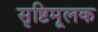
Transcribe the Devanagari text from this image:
सृष्टिमूलक